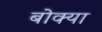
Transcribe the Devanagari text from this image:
बोक्या